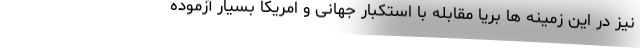
نیز در این زمینه ها بریا مقابله با استکبار جهانی و امریکا بسیار آزموده